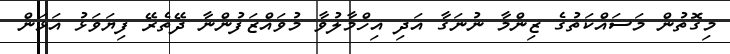
މިގޮތުން މަސައްކަތުގެ ޒިންމާ ނުނަގާ އަދި އިހްމާލުވާ މުވައްޒަފުންނާ ދޭތެރޭ ފިޔަވަޅު އަޅަން